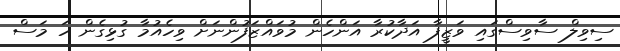
ސިވިލް ސާވިސްގައި ވަޒީފާ އަދާކުރާ އަންހެން މުވައްޒަފުންނަށް ވިހެއުމާ ގުޅިގެން ހަ މަސް